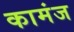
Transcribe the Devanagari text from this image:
कामंज